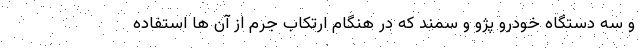
و سه دستگاه خودرو پژو و سمند که در هنگام ارتکاب جرم از آن ها استفاده